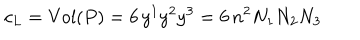
LaTeX: c _ { L } = \mathrm { V o l } ( P ) = 6 \, y ^ { 1 } y ^ { 2 } y ^ { 3 } = 6 \, n ^ { 2 } N _ { 1 } N _ { 2 } N _ { 3 }